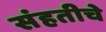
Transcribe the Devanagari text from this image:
संहतीचे